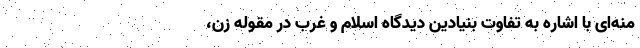
منه‌ای با اشاره به تفاوت بنیادین دیدگاه اسلام و غرب در مقوله زن،